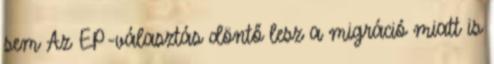
sem Az EP-választás döntő lesz a migráció miatt is